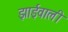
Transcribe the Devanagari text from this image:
झाईवाली